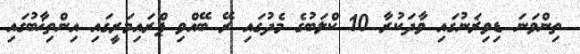
ތިންވަނަ ޑިވިޜަނުގައި ވާދަކުރާ 10 ކްލަބުގެ މެދުގައި ރޭ ބޭއްވި ޕްރައިމަރީގައި އިންތިޚާބުގައި